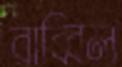
রাব্বিল